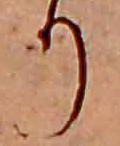
り